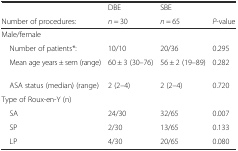
<table><thead><tr><td></td><td><b>DBE</b></td><td><b>SBE</b></td><td></td></tr><tr><td><b>Number of procedures:</b></td><td><b><i>n</i> = 30</b></td><td><b><i>n</i> = 65</b></td><td><b><i>P</i>-value</b></td></tr></thead><tbody><tr><td colspan="4">Male/female</td></tr><tr><td> Number of patients*:</td><td>10/10</td><td>20/36</td><td>0.295</td></tr><tr><td> Mean age years ± sem (range)</td><td>60 ± 3 (30–76)</td><td>56 ± 2 (19–89)</td><td>0.282</td></tr><tr><td> ASA status (median) (range)</td><td>2 (2–4)</td><td>2 (2–4)</td><td>0.720</td></tr><tr><td colspan="4">Type of Roux-en-Y (n)</td></tr><tr><td> SA</td><td>24/30</td><td>32/65</td><td>0.007</td></tr><tr><td> SP</td><td>2/30</td><td>13/65</td><td>0.133</td></tr><tr><td> LP</td><td>4/30</td><td>20/65</td><td>0.080</td></tr></tbody></table>